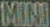
MINI